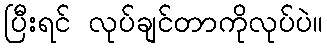
ပြီးရင် လုပ်ချင်တာကိုလုပ်ပဲ။